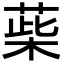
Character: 䓱